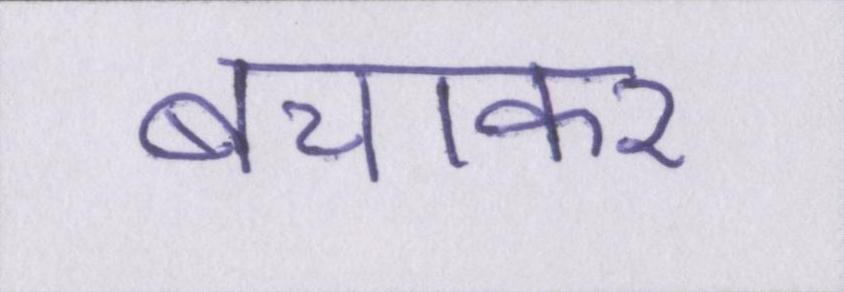
बचाकर